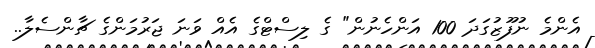
އެންމެ ނުފޫޒުގަދަ 100 އަންހެނުން" ގެ ލިސްޓްގެ އެއް ވަނަ ޖަރުމަންގެ ޗާންސެލާ..